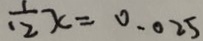
\frac { 1 } { 1 2 } x = 0 . 0 2 5